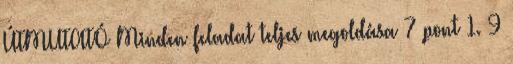
ÚTMUTATÓ Minden feladat teljes megoldása 7 pont 1. 9